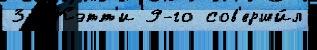
32 Кэтт'и 9-го сов'ерши́л